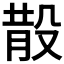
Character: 𣪚